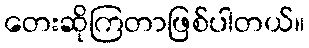
တေးဆိုကြတာဖြစ်ပါတယ်။